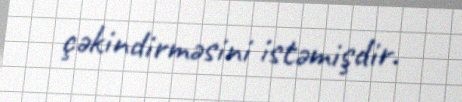
çəkindirməsini istəmişdir.